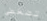
تضغطي